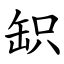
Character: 䍉